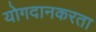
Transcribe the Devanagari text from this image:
योगदानकरता